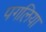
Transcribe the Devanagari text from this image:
पगलिया